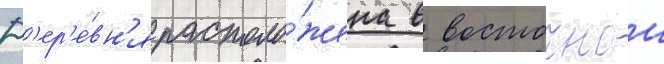
Д'ер'е́вн'я располо́жена в восточнои